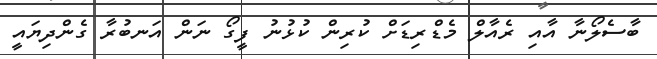
ބާސެލޯނާ އާއި ރެއާލް މެޑްރިޑަށް ކުރިން ކުޅުނު ފީގޯ ނަން އަނބުރާ ގެންދިޔައީ